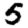
Digit: 5